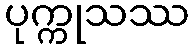
ပုက္ကုသဿ